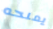
يمنحه